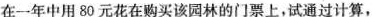
在一年中用80元花在购买该园林的门票上，试通过计算，